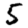
Digit: 5